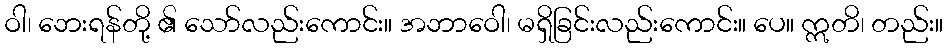
ဝါ၊ ဘေးရန်တို့ ၏ သော်လည်းကောင်း။ အဘာဝေါ၊ မရှိခြင်းလည်းကောင်း။ ပေ။ ဣတိ၊ တည်း။